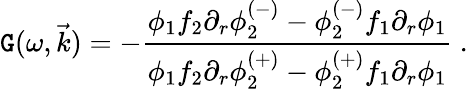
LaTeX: \mathtt{G}(\omega,\vec{{k}})=-\frac{{\phi_{1}f_{2}\partial_{r}\phi_{2}^{(-)}-\phi_{2}^{(-)}f_{1}\partial_{r}\phi_{1}}}{{\phi_{1}f_{2}\partial_{r}\phi_{2}^{(+)}-\phi_{2}^{(+)}f_{1}\partial_{r}\phi_{1}}}\ .